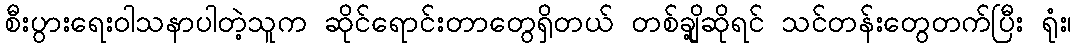
စီးပွားရေးဝါသနာပါတဲ့သူက ဆိုင်ရောင်းတာတွေရှိတယ် တစ်ချို့ဆိုရင် သင်တန်းတွေတက်ပြီး ရုံး၊